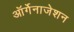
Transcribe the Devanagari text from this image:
ऑर्गेनाजेशन